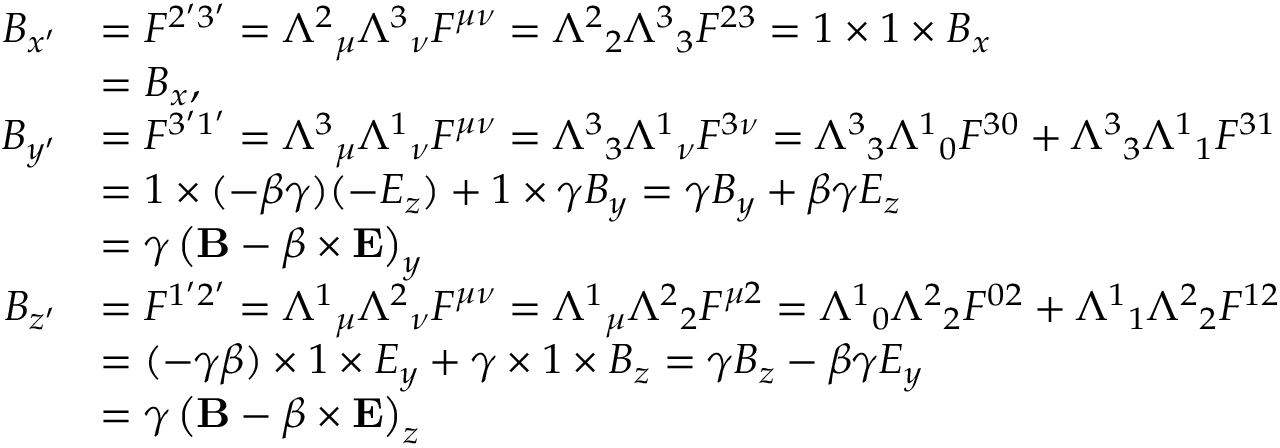
{ \begin{array} { r l } { B _ { x ^ { \prime } } } & { = F ^ { 2 ^ { \prime } 3 ^ { \prime } } = { \Lambda ^ { 2 } } _ { \mu } { \Lambda ^ { 3 } } _ { \nu } F ^ { \mu \nu } = { \Lambda ^ { 2 } } _ { 2 } { \Lambda ^ { 3 } } _ { 3 } F ^ { 2 3 } = 1 \times 1 \times B _ { x } } \\ & { = B _ { x } , } \\ { B _ { y ^ { \prime } } } & { = F ^ { 3 ^ { \prime } 1 ^ { \prime } } = { \Lambda ^ { 3 } } _ { \mu } { \Lambda ^ { 1 } } _ { \nu } F ^ { \mu \nu } = { \Lambda ^ { 3 } } _ { 3 } { \Lambda ^ { 1 } } _ { \nu } F ^ { 3 \nu } = { \Lambda ^ { 3 } } _ { 3 } { \Lambda ^ { 1 } } _ { 0 } F ^ { 3 0 } + { \Lambda ^ { 3 } } _ { 3 } { \Lambda ^ { 1 } } _ { 1 } F ^ { 3 1 } } \\ & { = 1 \times ( - \beta \gamma ) ( - E _ { z } ) + 1 \times \gamma B _ { y } = \gamma B _ { y } + \beta \gamma E _ { z } } \\ & { = \gamma \left( \mathbf { B } - { \boldsymbol { \beta } } \times \mathbf { E } \right) _ { y } } \\ { B _ { z ^ { \prime } } } & { = F ^ { 1 ^ { \prime } 2 ^ { \prime } } = { \Lambda ^ { 1 } } _ { \mu } { \Lambda ^ { 2 } } _ { \nu } F ^ { \mu \nu } = { \Lambda ^ { 1 } } _ { \mu } { \Lambda ^ { 2 } } _ { 2 } F ^ { \mu 2 } = { \Lambda ^ { 1 } } _ { 0 } { \Lambda ^ { 2 } } _ { 2 } F ^ { 0 2 } + { \Lambda ^ { 1 } } _ { 1 } { \Lambda ^ { 2 } } _ { 2 } F ^ { 1 2 } } \\ & { = ( - \gamma \beta ) \times 1 \times E _ { y } + \gamma \times 1 \times B _ { z } = \gamma B _ { z } - \beta \gamma E _ { y } } \\ & { = \gamma \left( \mathbf { B } - { \boldsymbol { \beta } } \times \mathbf { E } \right) _ { z } } \end{array} }